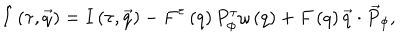
LaTeX: \hat { I } \left( \tau , \vec { q } \right) = I \left( \tau , \vec { q } \right) - F ^ { \tau } \left( q \right) P _ { \phi } ^ { \tau } \omega \left( q \right) + F \left( q \right) \vec { q } \cdot { \vec { P } } _ { \phi } ,